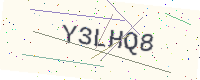
Text: Y3LHQ8